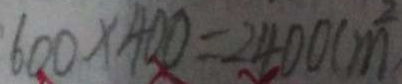
6 0 0 \times 4 0 0 = 2 4 0 0 ( m ^ { 2 } )